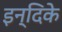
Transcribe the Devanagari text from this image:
इन्दिके